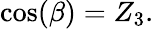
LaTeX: \cos(\beta)=Z_{3}.